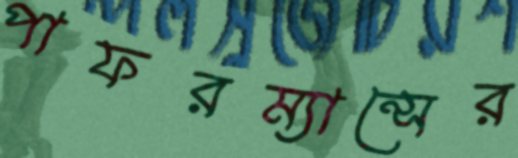
পাফরম্যান্সের